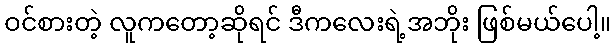
ဝင်စားတဲ့ လူကတော့ဆိုရင် ဒီကလေးရဲ့အဘိုး ဖြစ်မယ်ပေါ့။